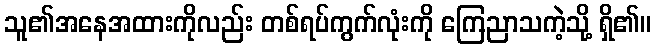
သူ၏အနေအထားကိုလည်း တစ်ရပ်ကွက်လုံးကို ကြေညာသကဲ့သို့ ရှိ၏။